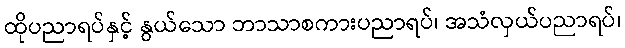
ထိုပညာရပ်နှင့် နွယ်သော ဘာသာစကားပညာရပ်၊ အသံလှယ်ပညာရပ်၊